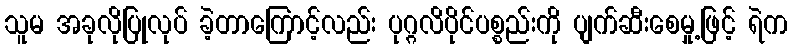
သူမ အခုလိုပြုလုပ် ခဲ့တာကြောင့်လည်း ပုဂ္ဂလိပိုင်ပစ္စည်းကို ပျက်ဆီးစေမှု့ဖြင့် ရဲက